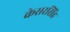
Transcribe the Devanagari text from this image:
केसरसिंह